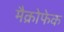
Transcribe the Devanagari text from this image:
मैक्रोफेक